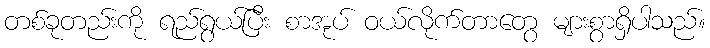
တစ်ခုတည်းကို ရည်ရွယ်ပြီး စာအုပ် ဝယ်လိုက်တာတွေ များစွာရှိပါသည်။